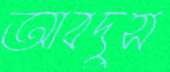
আবদুস